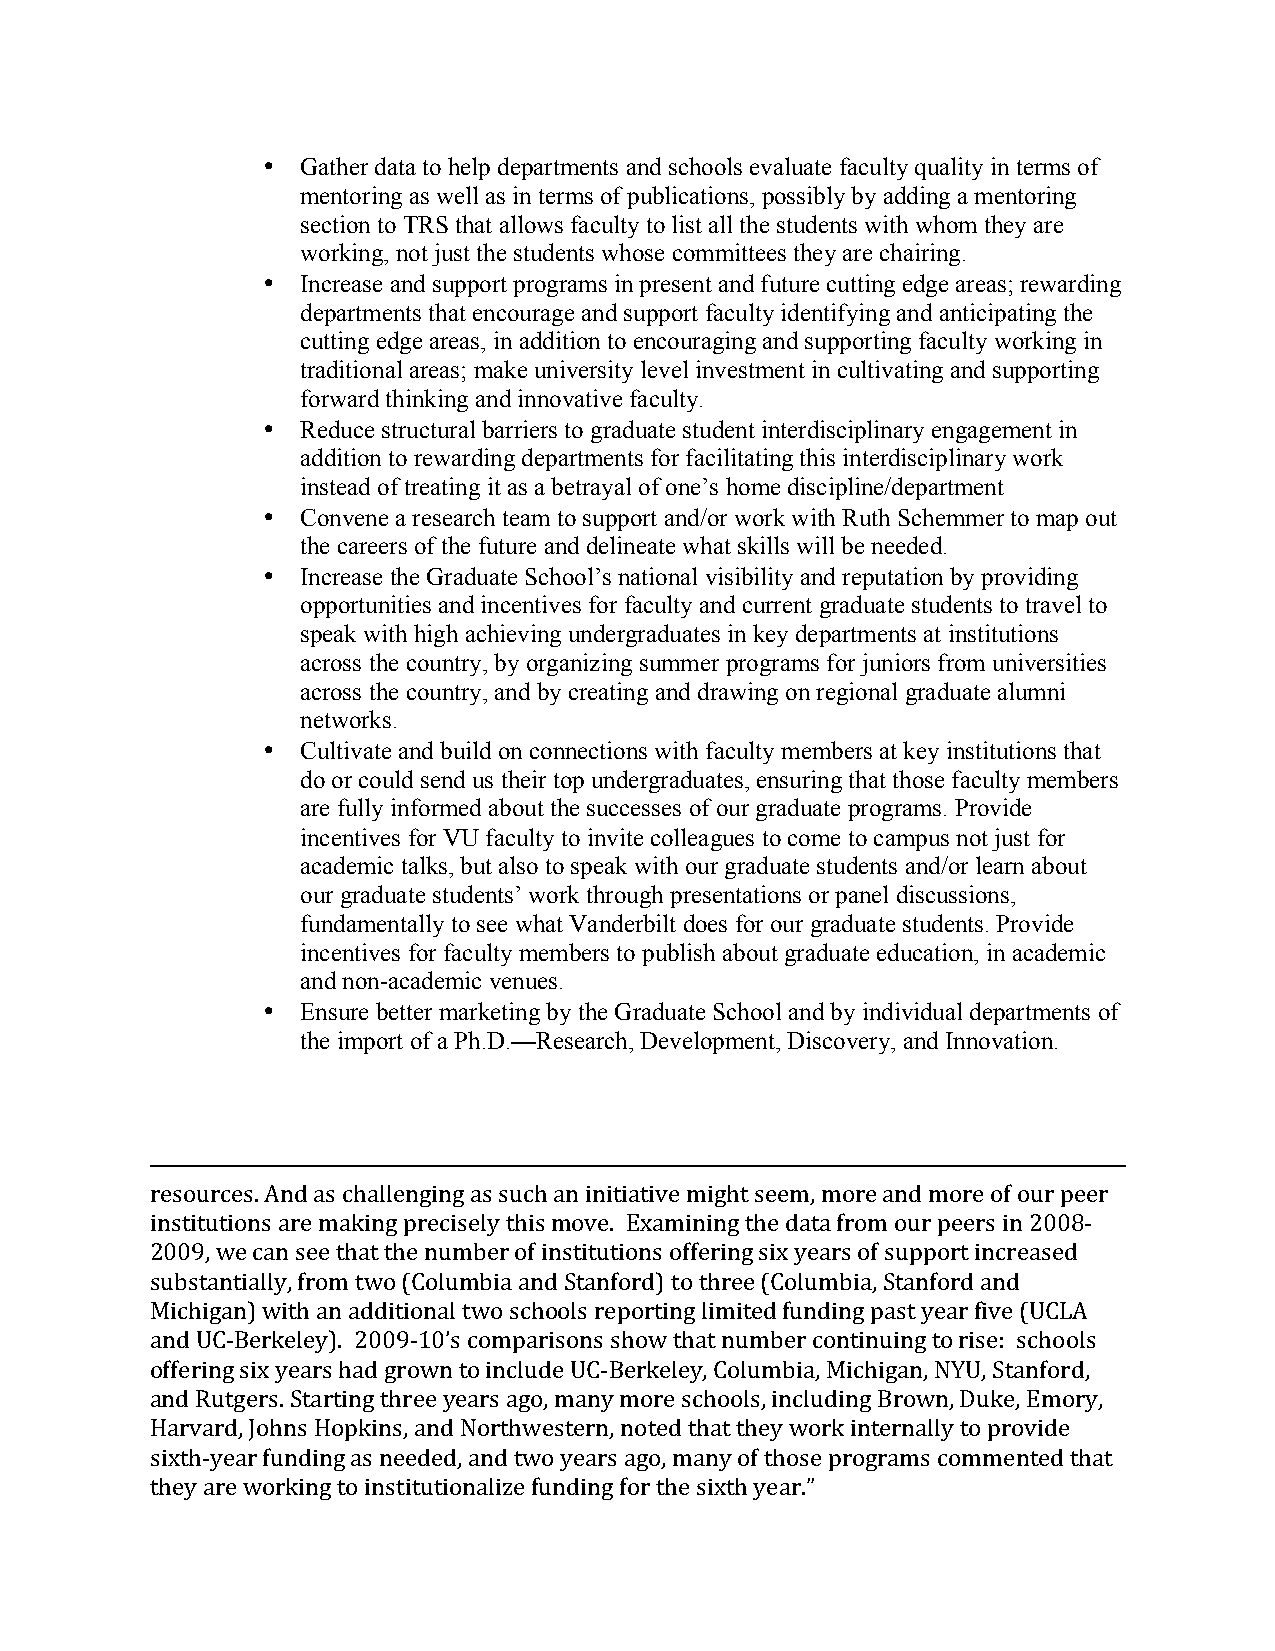
•  Gather data to help departments and schools evaluate faculty quality in terms of
 mentoring as well as in terms of publications, possibly by adding a mentoring
 section to TRS that allows faculty to list all the students with whom they are
 working, not just the students whose committees they are chairing.
 •  Increase and support programs in present and future cutting edge areas; rewarding
 departments that encourage and support faculty identifying and anticipating the
 cutting edge areas, in addition to encouraging and supporting faculty working in
 traditional areas; make university level investment in cultivating and supporting
 forward thinking and innovative faculty.
 •  Reduce structural barriers to graduate student interdisciplinary engagement in
 addition to rewarding departments for facilitating this interdisciplinary work
 instead of treating it as a betrayal of one’s home discipline/department
 •  Convene a research team to support and/or work with Ruth Schemmer to map out
 the careers of the future and delineate what skills will be needed.
 •  Increase the Graduate School’s national visibility and reputation by providing
 opportunities and incentives for faculty and current graduate students to travel to
 speak with high achieving undergraduates in key departments at institutions
 across the country, by organizing summer programs for juniors from universities
 across the country, and by creating and drawing on regional graduate alumni
 networks.
 •  Cultivate and build on connections with faculty members at key institutions that
 do or could send us their top undergraduates, ensuring that those faculty members
 are fully informed about the successes of our graduate programs. Provide
 incentives for VU faculty to invite colleagues to come to campus not just for
 academic talks, but also to speak with our graduate students and/or learn about
 our graduate students’ work through presentations or panel discussions,
 fundamentally to see what Vanderbilt does for our graduate students. Provide
 incentives for faculty members to publish about graduate education, in academic
 and non-academic venues.
 •  Ensure better marketing by the Graduate School and by individual departments of
 the import of a Ph.D.—Research, Development, Discovery, and Innovation.
 resources. And as challenging as such an initiative might seem, more and more of our peer
 institutions are making precisely this move. Examining the data from our peers in 2008-
 2009, we can see that the number of institutions offering six years of support increased
 substantially, from two (Columbia and Stanford) to three (Columbia, Stanford and
 Michigan) with an additional two schools reporting limited funding past year five (UCLA
 and UC-Berkeley). 2009-10’s comparisons show that number continuing to rise: schools
 offering six years had grown to include UC-Berkeley, Columbia, Michigan, NYU, Stanford,
 and Rutgers. Starting three years ago, many more schools, including Brown, Duke, Emory,
 Harvard, Johns Hopkins, and Northwestern, noted that they work internally to provide
 sixth-year funding as needed, and two years ago, many of those programs commented that
 they are working to institutionalize funding for the sixth year.”